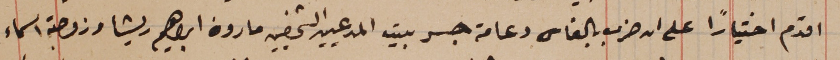
اقدم اختياراً على انه ضرب بالفاس دعامة جسر بيت المدعيين الشخصيين مارون ابراهيم ريشا وزوجته اسماء